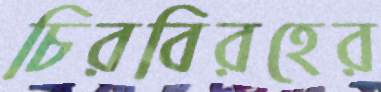
চিরবিরহের